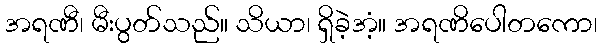
အရဏီ၊ မီးပွတ်သည်။ သိယာ၊ ရှိခဲ့အံ့။ အရဏိပေါတကော၊